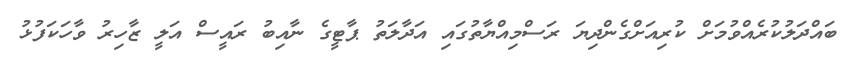
ބައްދަލުކުރެއްވުމަށް ކުރިއަށްގެންދިޔަ ރަސްމިއްޔާތުގައި އަދާލަތު ޕާޓީގެ ނާއިބު ރައީސް އަލީ ޒާހިރު ވާހަކަފުޅު